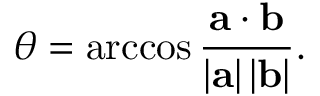
\theta = \operatorname { a r c c o s } { \frac { \mathbf { a } \cdot \mathbf { b } } { \left| \mathbf { a } \right| \left| \mathbf { b } \right| } } .